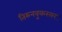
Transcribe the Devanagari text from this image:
तिरुनवुकरसर